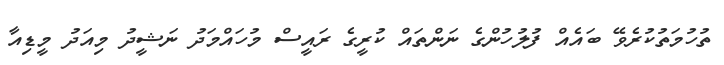
ތުހުމަތުކުރެވޭ ބައެއް ފުލުހުންގެ ނަންތައް ކުރީގެ ރައީސް މުހައްމަދު ނަޝީދު މިއަދު މީޑިއާ